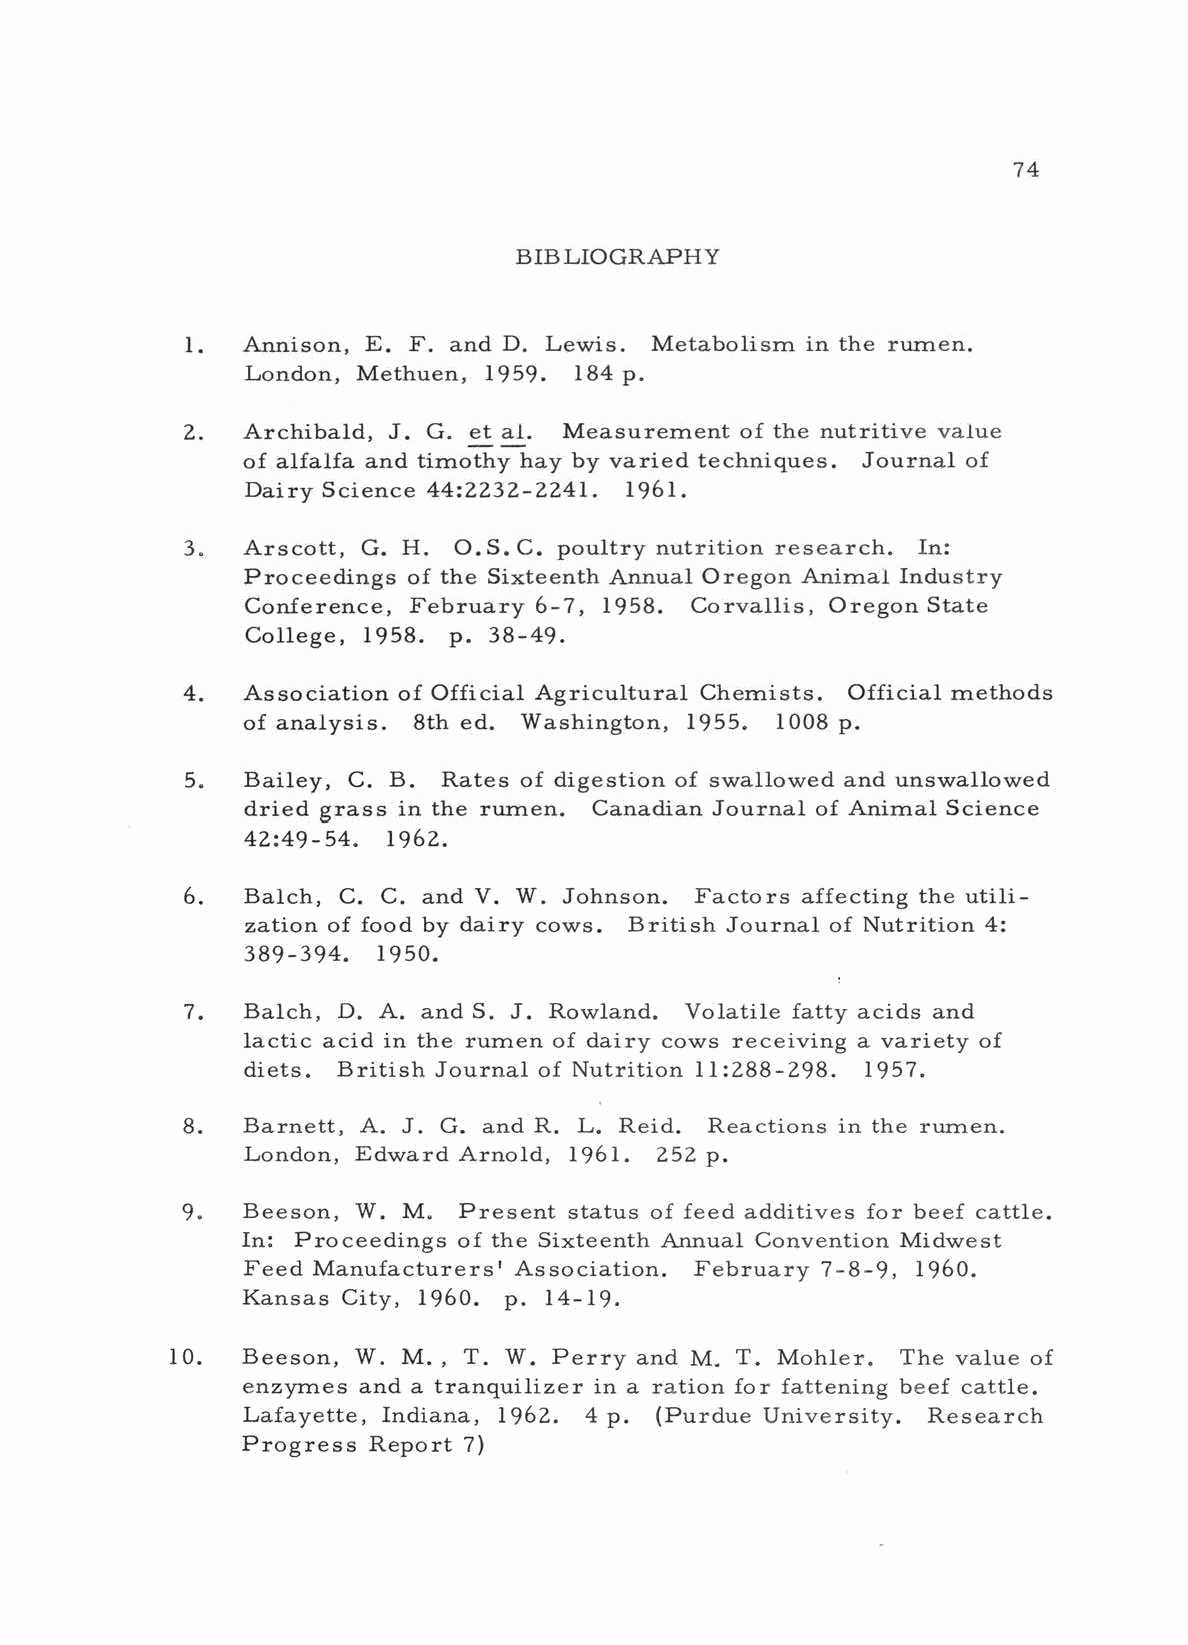
74
 BIBLIOGRAPHY
 1.  Annison, E. F. and D. Lewis. Metabolism in the rumen.
 London, Methuen, 1959. 184 p.
 2.  Archibald, J. G. et al. Measurement of the nutritive value
 of alfalfa and timothy hay by varied techniques. Journal of
 Dairy Science 44:2232 -2241. 1961.
 3.  Arscott, G. H. O.S. C. poultry nutrition research. In:
 Proceedings of the Sixteenth Annual Oregon Animal Industry
 Conference, February 6 -7, 1958. Corvallis, Oregon State
 College, 1958. p. 38 -49.
 4.  Association of Official Agricultural Chemists. Official methods
 of analysis. 8th ed. Washington, 1955. 1008 p.
 5.  Bailey, C. B. Rates of digestion of swallowed and unswallowed
 dried grass in the rumen. Canadian Journal of Animal Science
 42:49 -54. 1962.
 6.  Balch, C. C. and V. W. Johnson. Factors affecting the utili-
 zation of food by dairy cows. British Journal of Nutrition 4:
 389 -394. 1950.
 7.  Balch, D. A. and S. J. Rowland. Volatile fatty acids and
 lactic acid in the rumen of dairy cows receiving a variety of
 diets. British Journal of Nutrition 11:288 -298. 1957.
 8.  Barnett, A. J. G. and R. L. Reid. Reactions in the rumen.
 London, Edward Arnold, 1961. 252 p.
 9.  Beeson, W. M. Present status of feed additives for beef cattle.
 In: Proceedings of the Sixteenth Annual Convention Midwest
 Feed Manufacturers' Association. February 7 -8 -9, 1960.
 Kansas City, 1960. p. 14 -19.
 10.  Beeson, W. M.  T. W. Perry and M. T. Mohler. The value of
 ,
 enzymes and a tranquilizer in a ration for fattening beef cattle.
 Lafayette, Indiana, 1962. 4 p. (Purdue University. Research
 Progress Report 7)